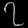
Digit: ၇